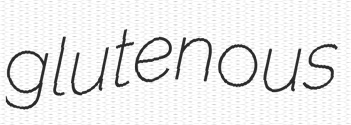
glutenous